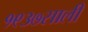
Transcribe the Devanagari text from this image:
१९३७साली